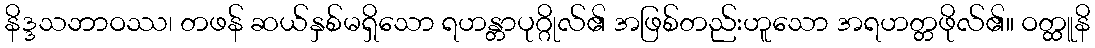
နိဒ္ဒသဘာဝဿ၊ တဖန် ဆယ်နှစ်မရှိသော ရဟန္တာပုဂ္ဂိုလ်၏ အဖြစ်တည်းဟူသော အရဟတ္တဖိုလ်၏။ ဝတ္ထူနိ